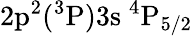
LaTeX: \mathrm{2p^{2}(^{3}P)3s~^{4}P_{5/2}}